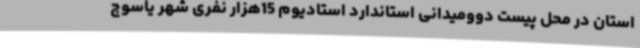
استان در محل پیست دوومیدانی استاندارد استادیوم 15هزار نفری شهر یاسوج